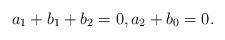
LaTeX: \begin{align*}a_1+b_1+b_2 =0, a_2+b_0 =0.\end{align*}